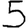
Digit: 5